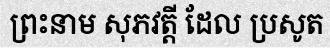
ព្រះនាម សុភវត្តី ដែល ប្រសូត